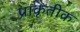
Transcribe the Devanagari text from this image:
प्राकृतीक